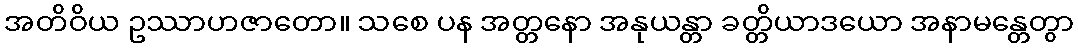
အတိဝိယ ဥဿာဟဇာတော။ သစေ ပန အတ္တနော အနုယန္တာ ခတ္တိယာဒယော အနာမန္တေတွာ